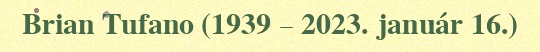
Brian Tufano (1939 – 2023. január 16.)